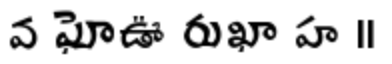
వ ఘోఊ రుఖా హ ।।